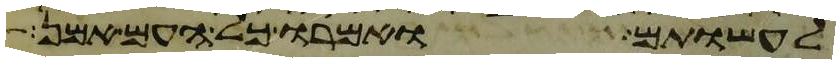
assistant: לעשותם ואמרו כל העם אמן